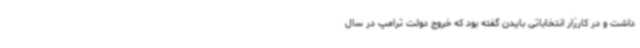
داشت و در کارزار انتخاباتی بایدن گفته بود که خروج دولت ترامپ در سال